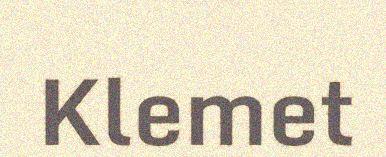
Klemet